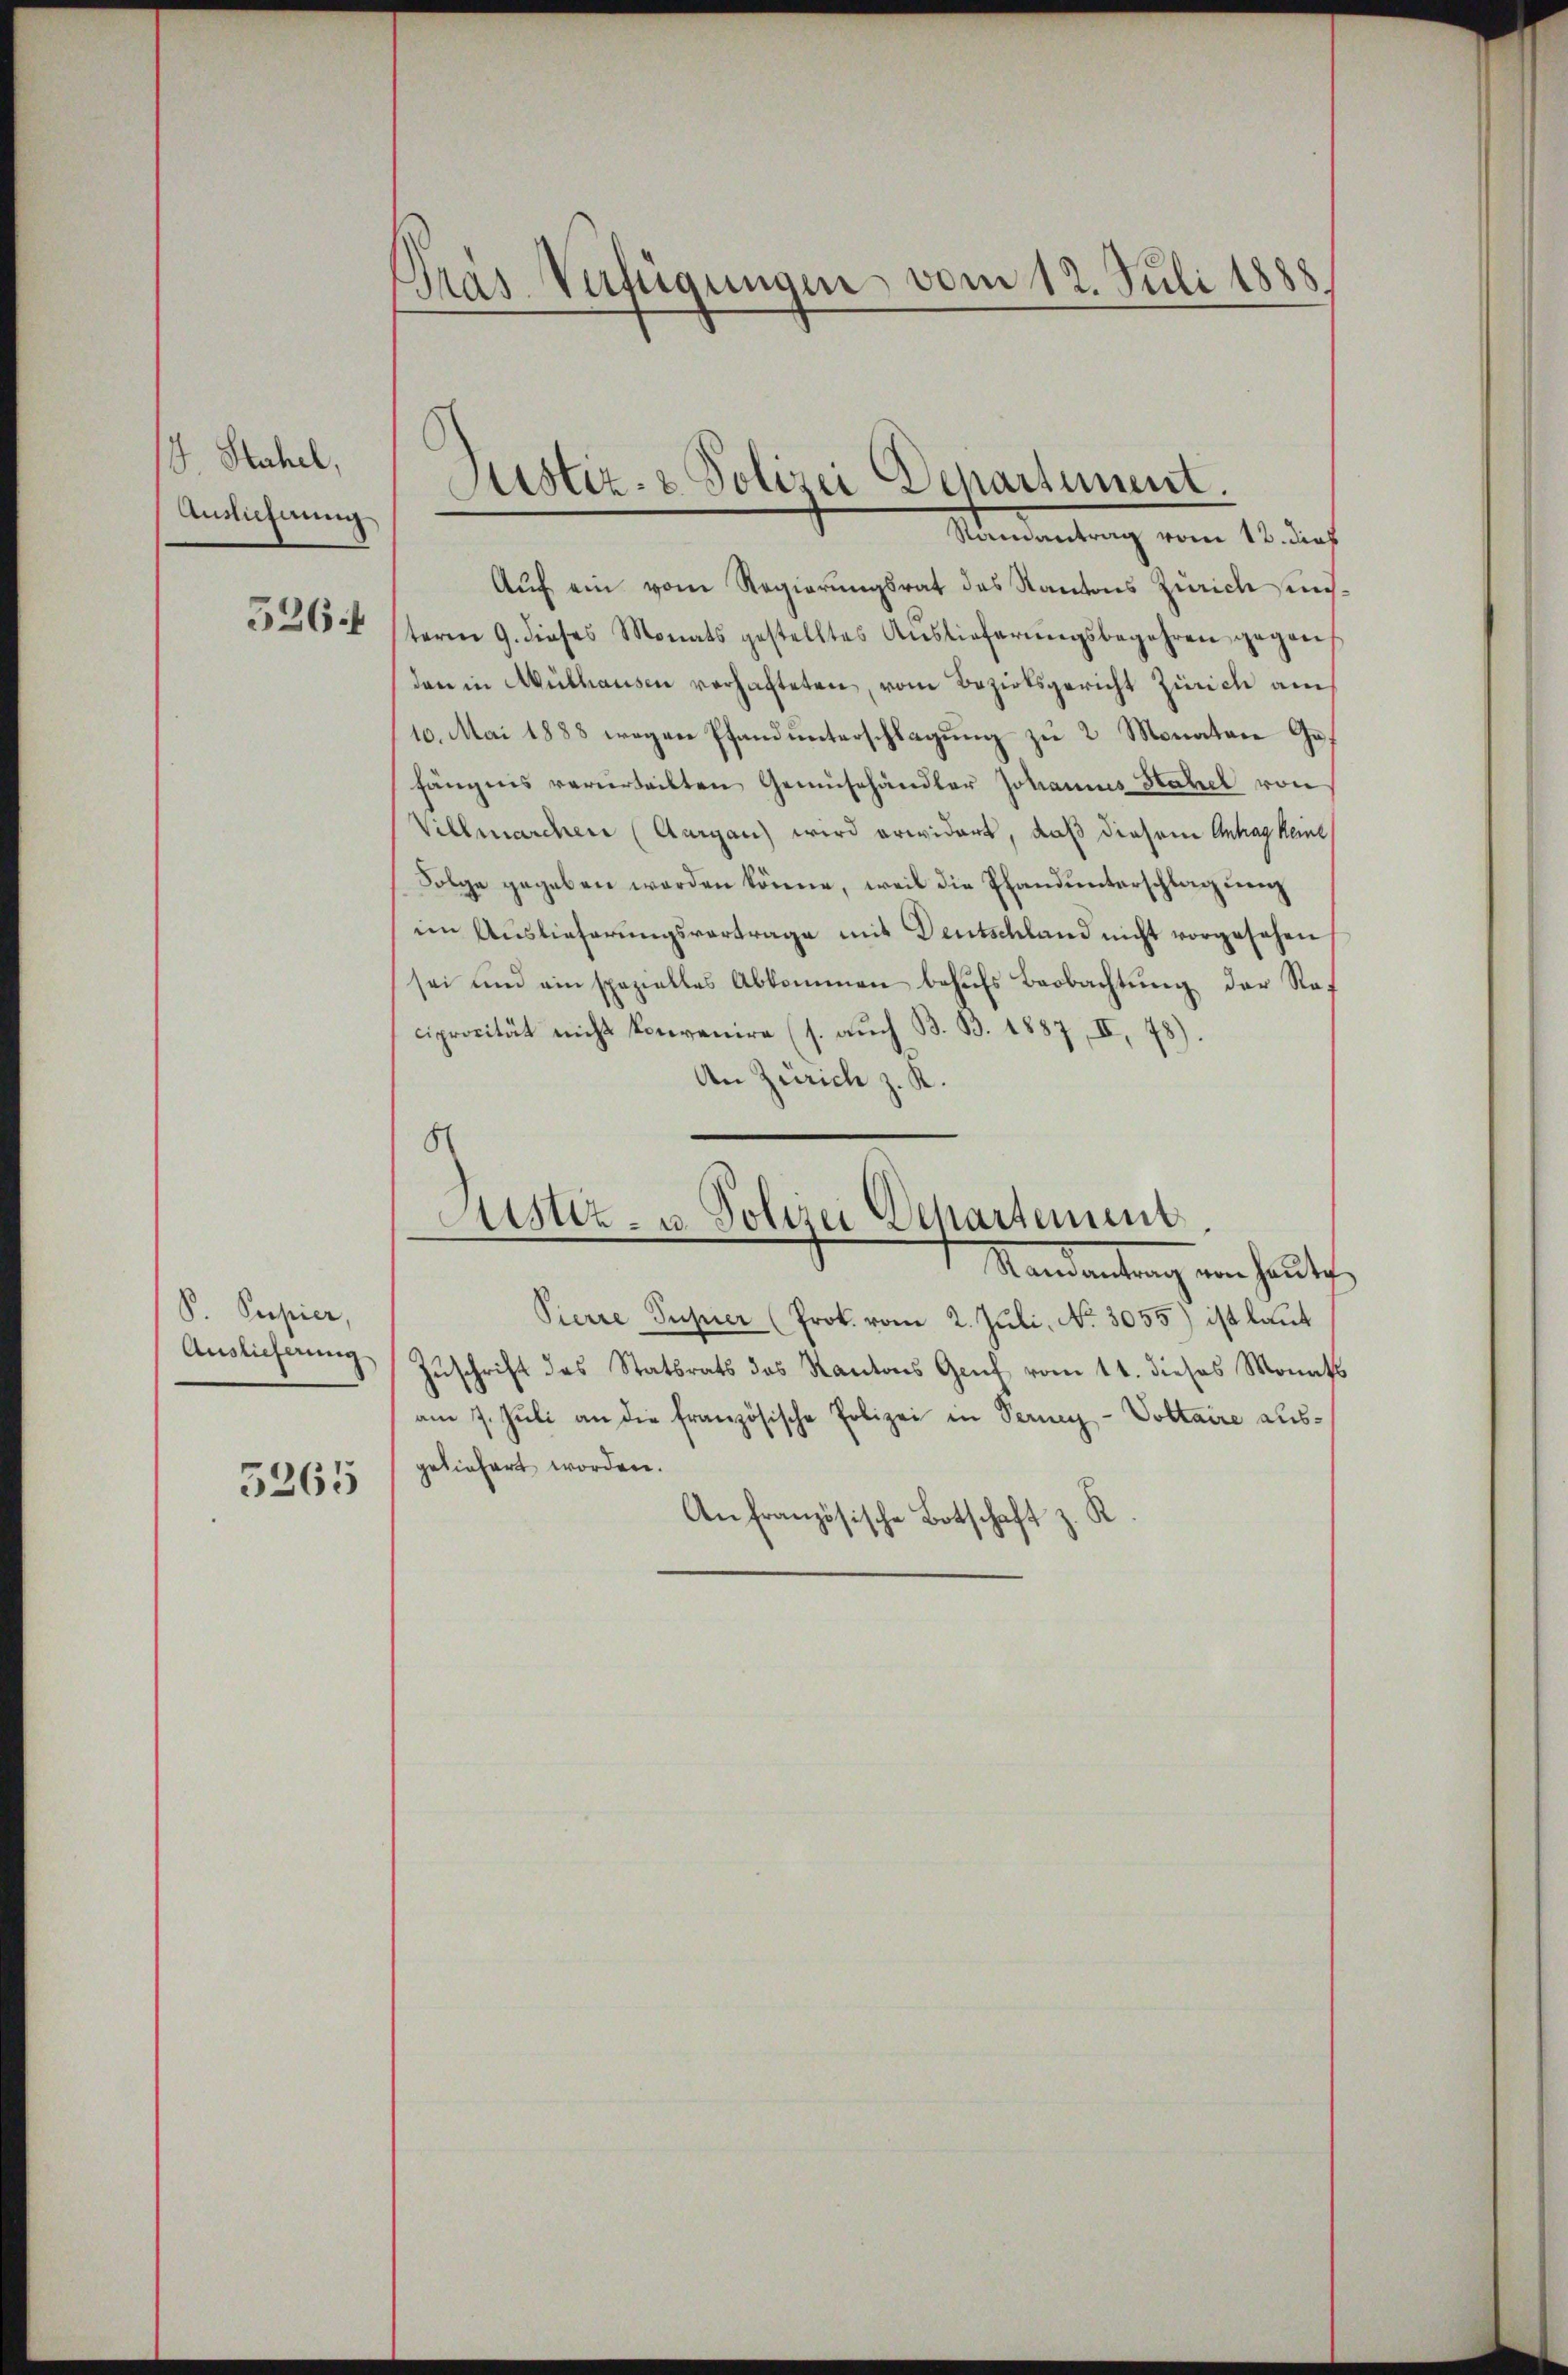
Stahel,
Ansicherung

5264

P. Papier,
Auslieferung

5265

Pras Verfügungen vom 12. Juli 1888.

Auf ein vom Regierungsrat des Kantons Zürich insterm 9. dieses Monats gestelltes Auslieferungsbegehren gegen
den in Mülhausen verhafteten, vom Bezirksgericht Zürich am
10. Mai 1888 wegen Pfand unterschlagung zu 2 Monatare Gefängnis verurteilten Gemüsehändler Johannes Stahel von
Villmarchen (Aargau) wird erwidert, daß diesem Antrag keine
Folge gegeben worden könne, weil die Pfandunterschlag uenz
im Auslieferungsvortrage mit Deutschland nicht vorgesehen
sei und ein spezielles Abkommen behŭfs Beobachtŭng der Ra-
ciprocität nicht konvenire (s. auch B. B. 1887, II, 1
)
An Zürich z. R.
8

Justiz- & Polizei Departement.
Mandantung vom 15. dach

Pustiz- u. Polizei Departement
Mandantung von heute

Pierre Pupier (Prok. vom 2. Juli, No. 3055) ist laut
Zuschrift des Statsrats des Kantons Genf vom 11. dieses Monats
am 7. Juli an die französische Polizei in Verney-Voltaire ausgeliefert worden.
d
Anfranzösische Botschaft z.